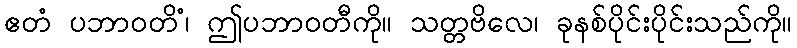
ဧတံ ပဘာဝတိံ၊ ဤပဘာဝတီကို။ သတ္တဗိလေ၊ ခုနစ်ပိုင်းပိုင်းသည်ကို။